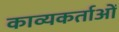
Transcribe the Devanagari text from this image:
काव्यकर्ताओं